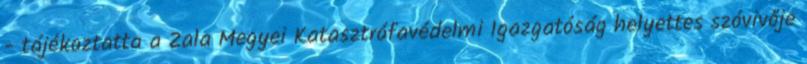
- tájékoztatta a Zala Megyei Katasztrófavédelmi Igazgatóság helyettes szóvivője